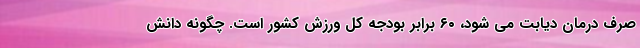
صرف درمان دیابت می شود، ۶۰ برابر بودجه کل ورزش کشور است. چگونه دانش